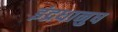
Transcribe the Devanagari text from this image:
इंद्रधानुष